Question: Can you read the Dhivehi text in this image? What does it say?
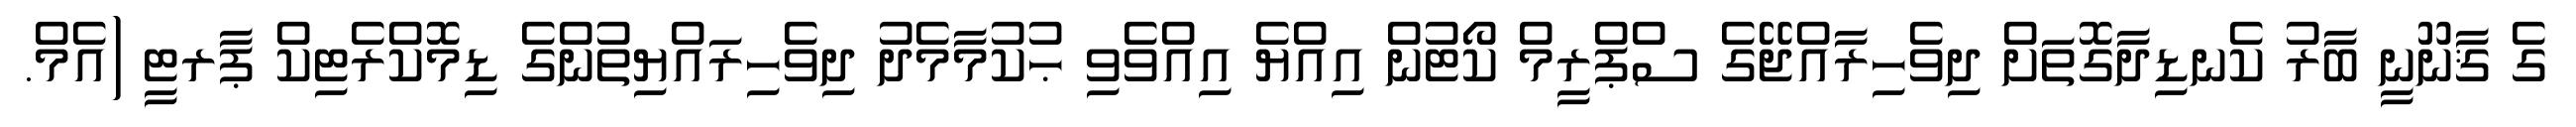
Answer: ގެ ޤާނޫނީ ބާރު ކެނޑިދާގޮތަށް ދިވެހިރާއްޖޭގެ ސްޕްރީމް ކޯޓުން އިއްޔެ އިއްވެވި ޙުކުމާމެދު ދިވެހިރައްޔިތުންގެ ޑިމޮކްރެޓިކް ޕާރޓީ (އެމް.